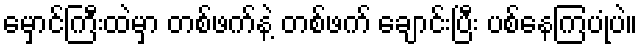
မှောင်ကြီးထဲမှာ တစ်ဖက်နဲ့ တစ်ဖက် ချောင်းပြီး ပစ်နေကြပုံပဲ။